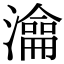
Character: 㵸